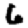
Digit: 6